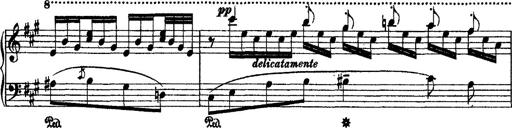
Title: 2 KonzertetÃ¼den
Composer: Franz Liszt